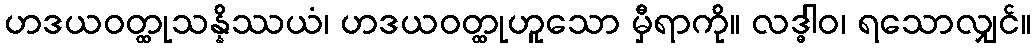
ဟဒယဝတ္ထုသန္နိဿယံ၊ ဟဒယဝတ္ထုဟူသော မှီရာကို။ လဒ္ဓါဝ၊ ရသောလျှင်။